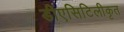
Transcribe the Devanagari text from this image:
डीएसिटिलीकृत